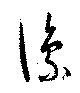
豫